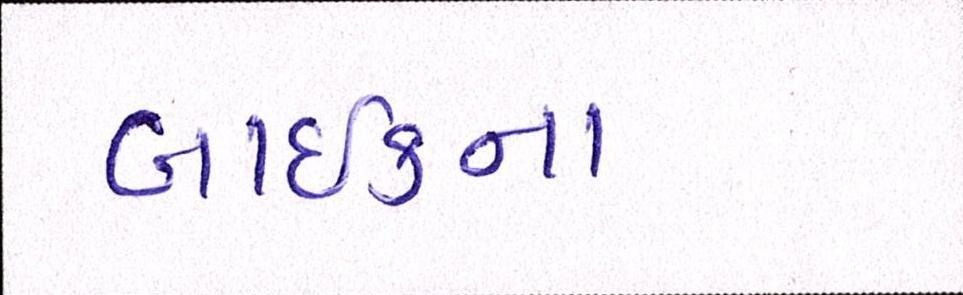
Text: બાઈકના